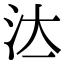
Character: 𣲔